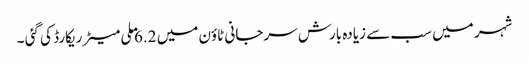
شہر میں سب سے زیادہ بارش سرجانی ٹاؤن میں 6.2 ملی میٹر ریکارڈ کی گئی ۔